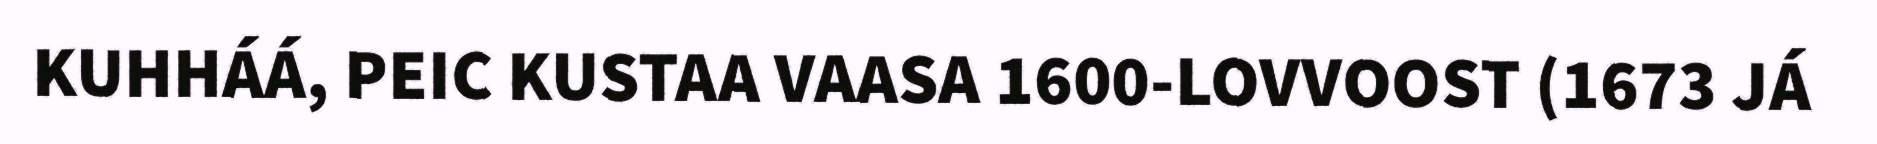
KUHHÁÁ, PEIC KUSTAA VAASA 1600-LOVVOOST (1673 JÁ